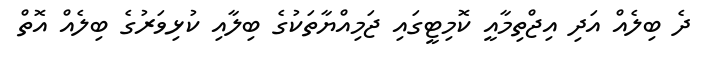
ދެ ބިލެއް އަދި އިޖްތިމާއީ ކޮމިޓީގައި ޖަމިއްޔާތަކުގެ ބިލާއި ކުޅިވަރުގެ ބިލެއް އޮތް